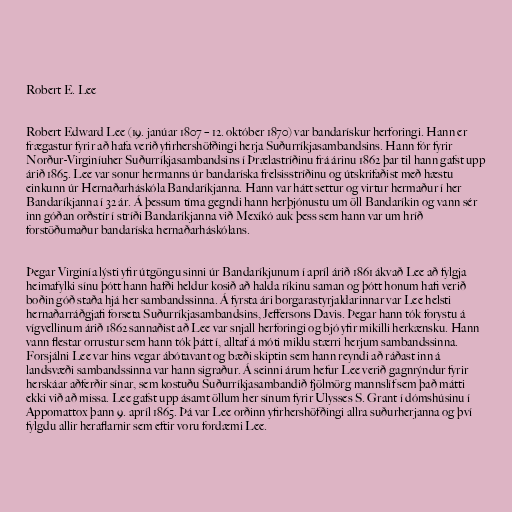
Robert E. Lee

Robert Edward Lee (19. janúar 1807 – 12. október 1870) var bandarískur herforingi. Hann er
frægastur fyrir að hafa verið yfirhershöfðingi herja Suðurríkjasambandsins. Hann fór fyrir
Norður-Virginíuher Suðurríkjasambandsins í Þrælastríðinu frá árinu 1862 þar til hann gafst upp
árið 1865. Lee var sonur hermanns úr bandaríska frelsisstríðinu og útskrifaðist með hæstu
einkunn úr Hernaðarháskóla Bandaríkjanna. Hann var hátt settur og virtur hermaður í her
Bandaríkjanna í 32 ár. Á þessum tíma gegndi hann herþjónustu um öll Bandaríkin og vann sér
inn góðan orðstír í stríði Bandaríkjanna við Mexíkó auk þess sem hann var um hríð
forstöðumaður bandaríska hernaðarháskólans.

Þegar Virginía lýsti yfir útgöngu sinni úr Bandaríkjunum í apríl árið 1861 ákvað Lee að fylgja
heimafylki sínu þótt hann hafði heldur kosið að halda ríkinu saman og þótt honum hafi verið
boðin góð staða hjá her sambandssinna. Á fyrsta ári borgarastyrjaldarinnar var Lee helsti
hernaðarráðgjafi forseta Suðurríkjasambandsins, Jeffersons Davis. Þegar hann tók forystu á
vígvellinum árið 1862 sannaðist að Lee var snjall herforingi og bjó yfir mikilli herkænsku. Hann
vann flestar orrustur sem hann tók þátt í, alltaf á móti miklu stærri herjum sambandssinna.
Forsjálni Lee var hins vegar ábótavant og bæði skiptin sem hann reyndi að ráðast inn á
landsvæði sambandssinna var hann sigraður. Á seinni árum hefur Lee verið gagnrýndur fyrir
herskáar aðferðir sínar, sem kostuðu Suðurríkjasambandið fjölmörg mannslíf sem það mátti
ekki við að missa. Lee gafst upp ásamt öllum her sínum fyrir Ulysses S. Grant í dómshúsinu í
Appomattox þann 9. apríl 1865. Þá var Lee orðinn yfirhershöfðingi allra suðurherjanna og því
fylgdu allir heraflarnir sem eftir voru fordæmi Lee.